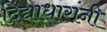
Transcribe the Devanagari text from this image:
दिद्याधारांनी